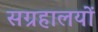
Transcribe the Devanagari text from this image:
सग्रहालयों